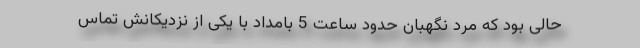
حالی بود که مرد نگهبان حدود ساعت 5 بامداد با یکی از نزدیکانش تماس